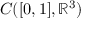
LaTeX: C ( [ 0 , 1 ] , \mathbb { R } ^ { 3 } )